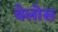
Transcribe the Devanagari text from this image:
वेलोस